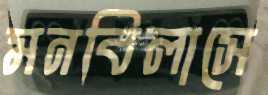
মনবিলাসে